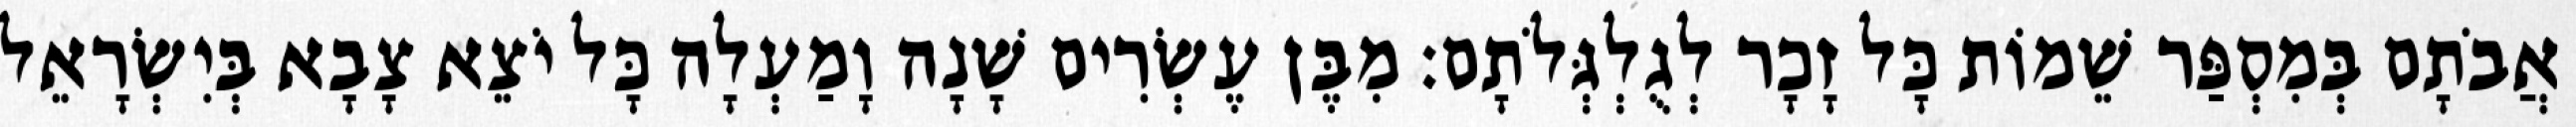
אֲבֹתָם בְּמִסְפַּר שֵׁמוֹת כָּל זָכָר לְגֻלְגְּלֹתָם׃ מִבֶּן עֶשְׂרִים שָׁנָה וָמַעְלָה כָּל יֹצֵא צָבָא בְּיִשְׂרָאֵל